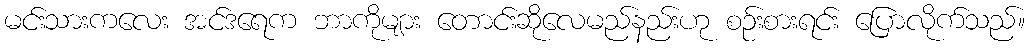
မင်းသားကလေး အင်ဒရေက ဘာကိုများ တောင်းဆိုလေမည်နည်းဟု စဉ်းစားရင်း ပြောလိုက်သည်။